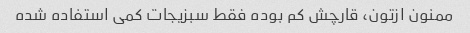
ممنون ازتون، قارچش کم بوده فقط سبزیجات کمی استفاده شده